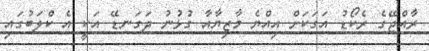
ރާއްޖޭގެ ރެކޯޑު އަގަކަށް އިއްޔެ މާޒިޔާއާ ގުޅުނު ދަގަނޑޭ އަކީ އެ ކްލަބުގައި